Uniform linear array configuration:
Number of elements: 48
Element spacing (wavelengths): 0.25
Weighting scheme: cosine
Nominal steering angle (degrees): -30
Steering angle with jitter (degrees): -31.487
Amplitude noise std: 0.05
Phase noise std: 0.05

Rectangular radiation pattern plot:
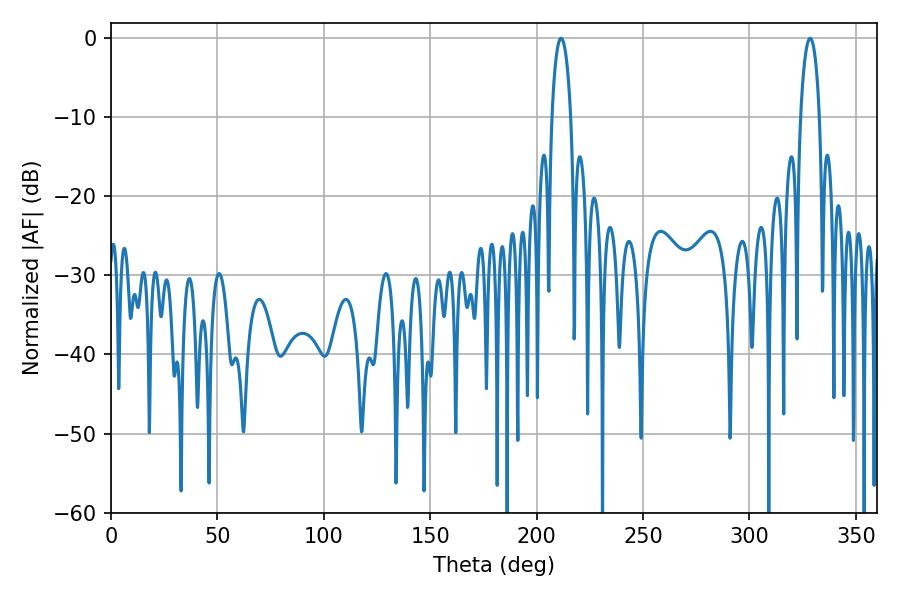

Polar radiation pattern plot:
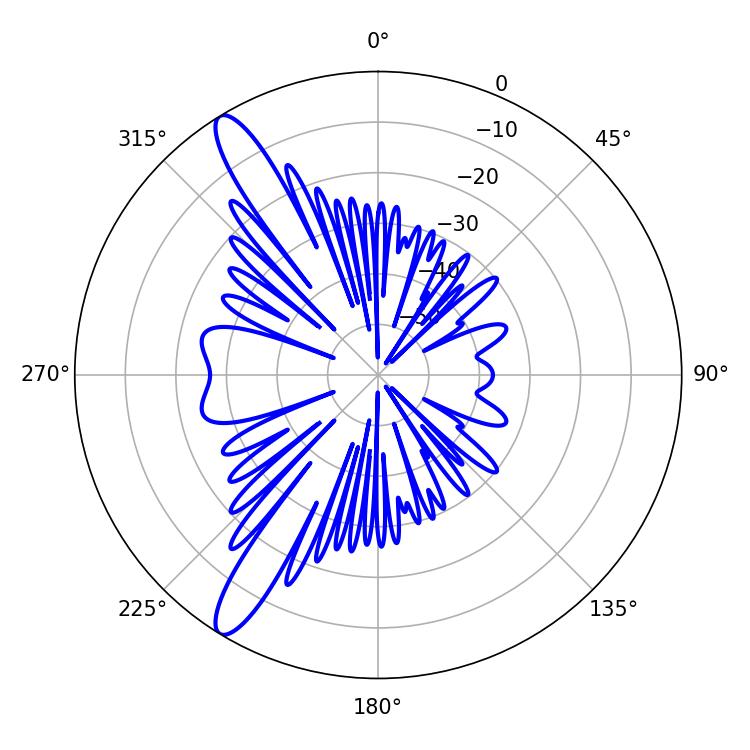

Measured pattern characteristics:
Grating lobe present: FALSE
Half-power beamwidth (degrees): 5.04
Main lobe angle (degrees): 211.5